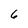
Character: 6